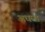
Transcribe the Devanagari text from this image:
अधय्श